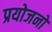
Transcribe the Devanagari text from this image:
प्रयोजनो